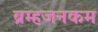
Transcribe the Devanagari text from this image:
ब्रम्हजनकम